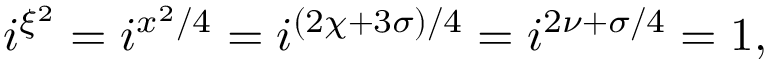
i ^ { \xi ^ { 2 } } = i ^ { x ^ { 2 } / 4 } = i ^ { ( 2 \chi + 3 \sigma ) / 4 } = i ^ { 2 \nu + \sigma / 4 } = 1 ,